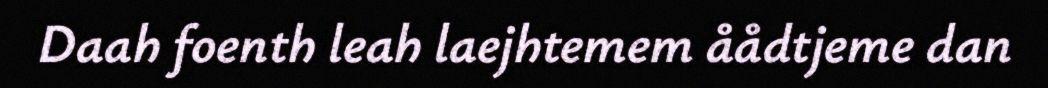
Daah foenth leah laejhtemem åådtjeme dan